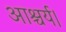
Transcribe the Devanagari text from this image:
आश्चर्य।